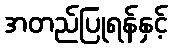
အတည်ပြုရန်နှင့်